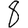
Digit: 8